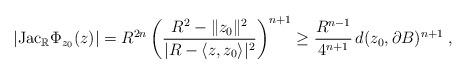
LaTeX: \begin{align*}|\hbox{Jac}_{\mathbb{R}} \Phi_{z_0}(z)|=R^{2n}\left(\frac{R^2-\|z_0\|^2}{|R-\langle z,z_0\rangle|^2}\right)^{n+1}\ge \frac{R^{n-1}}{ 4^{n+1}}\, d(z_0,\partial B)^{n+1}\;,\end{align*}